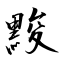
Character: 黢